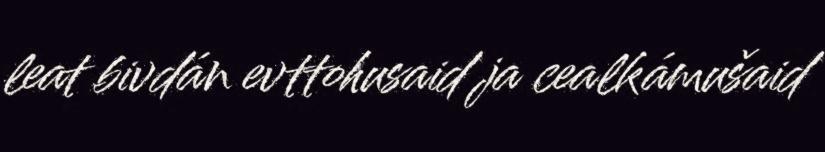
leat bivdán evttohusaid ja cealkámušaid